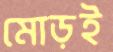
মোড়ই